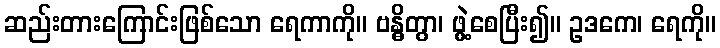
ဆည်းတားကြောင်းဖြစ်သော ရေကာကို။ ဗန္ဓိတွာ၊ ဖွဲ့စေပြီး၍။ ဥဒကေ၊ ရေကို။